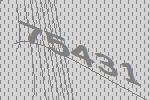
75431